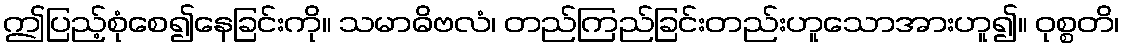
ဤပြည့်စုံစေ၍နေခြင်းကို။ သမာဓိဗလံ၊ တည်ကြည်ခြင်းတည်းဟူသောအားဟူ၍။ ဝုစ္စတိ၊